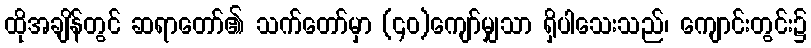
ထိုအချိန်တွင် ဆရာတော်၏ သက်တော်မှာ (၄၀)ကျော်မျှသာ ရှိပါသေးသည်၊ ကျောင်းတွင်း၌